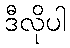
ဒီလိုပါ